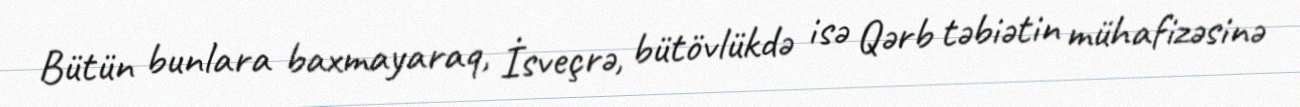
Bütün bunlara baxmayaraq, İsveçrə, bütövlükdə isə Qərb təbiətin mühafizəsinə